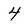
Character: 4